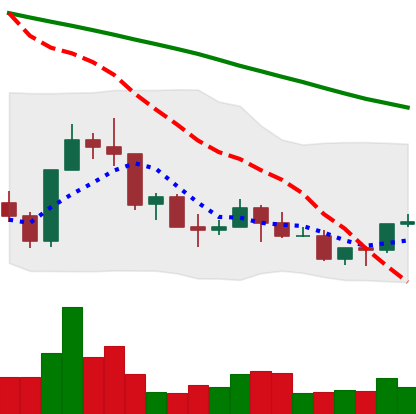
Ticker: NEO-USD
Chart end date: 2022-03-17
Forward return: 15.12%
Label: up_7plus